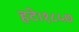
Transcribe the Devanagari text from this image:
हटे।१८५७